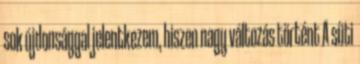
sok újdonsággal jelentkezem, hiszen nagy változás történt A süti